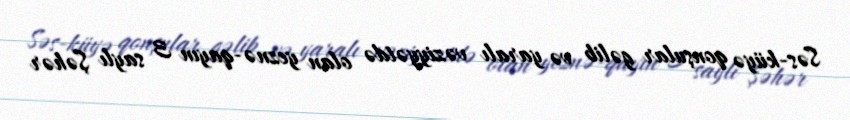
Səs-küyə qonşular gəlib və yaralı vəziyyətdə olan yeznə-qayın 3 saylı Şəhər